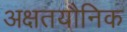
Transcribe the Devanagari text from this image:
अक्षतयौनिक